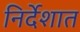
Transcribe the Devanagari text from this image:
निर्देशात